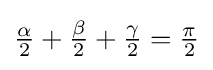
{\textstyle {\frac {\alpha }{2}}+{\frac {\beta }{2}}+{\frac {\gamma }{2}}={\frac {\pi }{2}}}